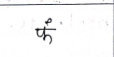
मजकूर: फं